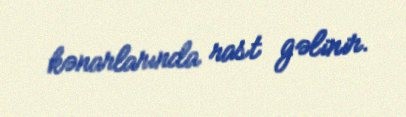
kənarlarında rast gəlinir.